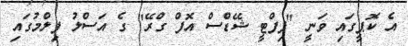
އެ ކޮޕީގައި ވަނީ "ފިފްޓީ ޝޭޑްސް އޮފް ގްރޭ" ގެ އަސްލު ފިލްމުގައި